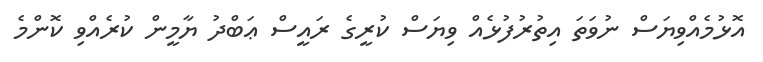
އޮޅުމެއްވިޔަސް ނުވަތަ އިތުރުފުޅެއް ވިޔަސް ކުރީގެ ރައީސް ޢަބްދު ޔާމީން ކުރެއްވި ކޮންމެ